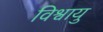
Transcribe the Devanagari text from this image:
विश्वायु